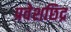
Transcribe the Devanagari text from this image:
प्रवेशछिद्र